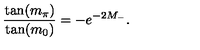
\frac { \tan ( m _ { \pi } ) } { \tan ( m _ { 0 } ) } = - e ^ { - 2 M _ { - } } .